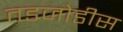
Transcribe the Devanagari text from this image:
तडजोडीस